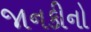
જાનકીનો